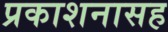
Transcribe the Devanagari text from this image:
प्रकाशनासह